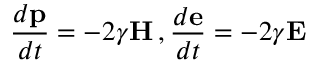
\frac { d \mathbf { p } } { d t } = - 2 \gamma \mathbf { H } \, , \frac { d \mathbf { e } } { d t } = - 2 \gamma \mathbf { E }